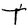
Character: t